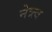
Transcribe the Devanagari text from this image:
नेत्र्त्व